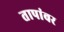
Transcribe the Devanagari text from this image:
तापांवर